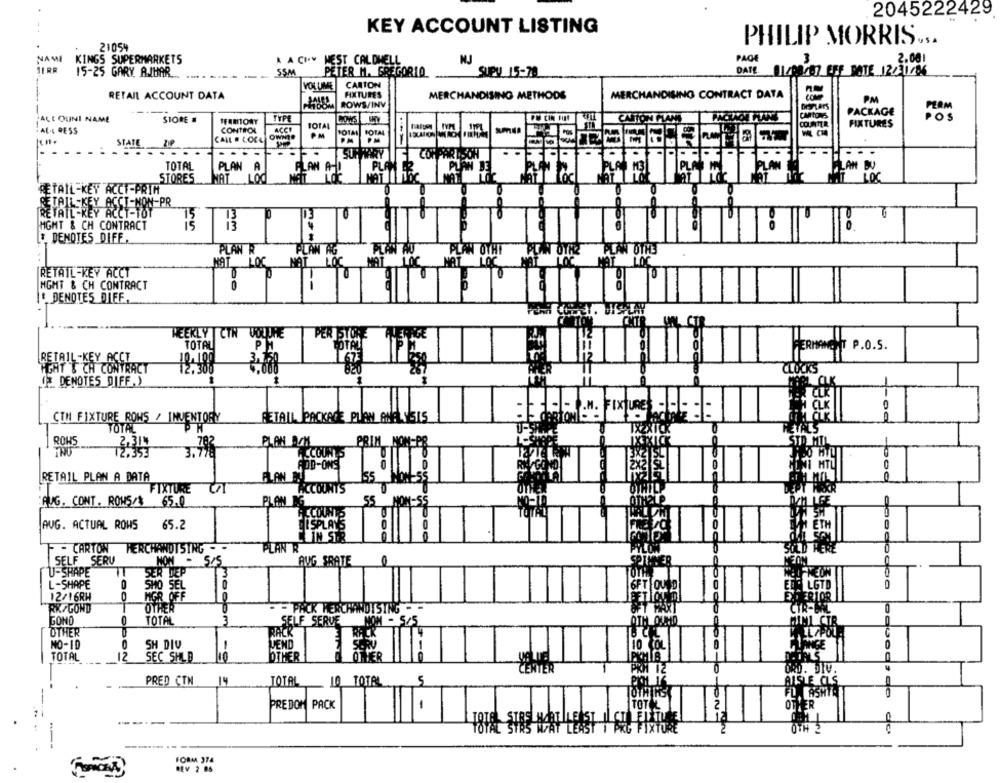
2045222429
KEY ACCOUNT LISTING
21054
PHILIP MORRIS.S.
NAME
KINGS SUPERMARKETS
A A CHY MEST CALDWELL
NJ
PAGE
3
2.001
SSM
15-25 GARY. ANUAR
PETER M. GREGORIO
SUPy 15-78
DATE 11/00/
BEY DATE 12/31/16
VOLUME
CARTON
FIXTURES
RETAIL ACCOUNT DATA
MERCHANDISING METHODS
MERCHANDISING CONTRACT DATA
com
PM
ROWS/INV
PACKAGE
PERM
ALE OUINI NAME
STORE #
TYPE
PW CIN HIN
CANTON MIAMI
CARTONS
#FEMTONY
TOTAL
COUNTER
FIXTURES
ALL RESS
CONTROL
ACCT
STATE
CALL . LOCL
PM
.. .
..
SUPWIARY
COMPARISON
TOTAL
PLAN A
PLAN
STORES
WAT
LOO
PLAN AL
LOC
RETAIL-KEY ACCT-PRIM
RETAIL-KEY ACCT-NON-PR
RETAIL-KEY ACCT-TOT
10
MGMT & CH CONTRACT
DENOTES DIFF,
PLAN R
PLAN AG
PLAN AU
PLAN OTHT
LAN OTH3
MAT LOC
NAT LOC
MAT LOC
RETAIL -KEY ACCT
MGMT & CH CONTRACT
* DENOTES DIFF.
WEEKLY CTN VOLUME
PER STORE
WENIGE
TOTAL
PH
P.O.S.
RETAIL -KEY ACCT
HGHT & CH CONTRACT
( DENOTES DIFF.)
E deBlo :": FIXTURES:
CTM FIXTURE ROWS / INVENTORY
RETAIL JPACKAGE PLAN ANALYSIS
-00
TOTAL
ROWS
2,314
793
PLAN ON
PRIM NON-PR
12.353
ACCOUNTS
ADD-ONS
RETAIL PLAN A DATA
PLAN MI
155 NON-55
FIXTURE
ACCOUNTS
AUG. CONT. ROWS/$ 65.0
PLAN
55 NOM:55
7
AUG. ACTUAL ROWS
65.2
DISPLAYS
F - CARTON
MERCHANDISING - -
PLAN R
SELF SERV
NON - S/S
AUG SRATE
IT
SER DEP
3
U-SHAPE
L-SHAPE
SHO SEL
TOU D
LGT
12/16RH
MGR OFF
RK GOND
OTHER
- - PACK MERCHANDISING
GONO
0
TOTAL
3
mooom
OTHER
NO-10
SH DIV
!
VEND
TOTAL
SEC SHLD
10
OTHER
HER
CENTER
PRED CTN
14
AISLE CLS
TOTAL 10 TOTAL
FLASHTA
0
PREDOM PACK
-
TOT
OTHER
OTH 2
FORMA 374
REV 2 85